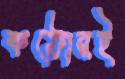
কঠোরই